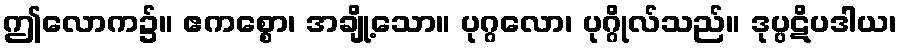
ဤလောက၌။ ဧကစ္စော၊ အချို့သော။ ပုဂ္ဂလော၊ ပုဂ္ဂိုလ်သည်။ ဒုပ္ပဋိပဒါယ၊